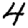
Digit: 4